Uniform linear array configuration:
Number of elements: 48
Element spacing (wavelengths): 0.25
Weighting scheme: exponential
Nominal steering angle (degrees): -60
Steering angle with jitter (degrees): -58.081
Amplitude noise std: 0.05
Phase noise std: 0.05

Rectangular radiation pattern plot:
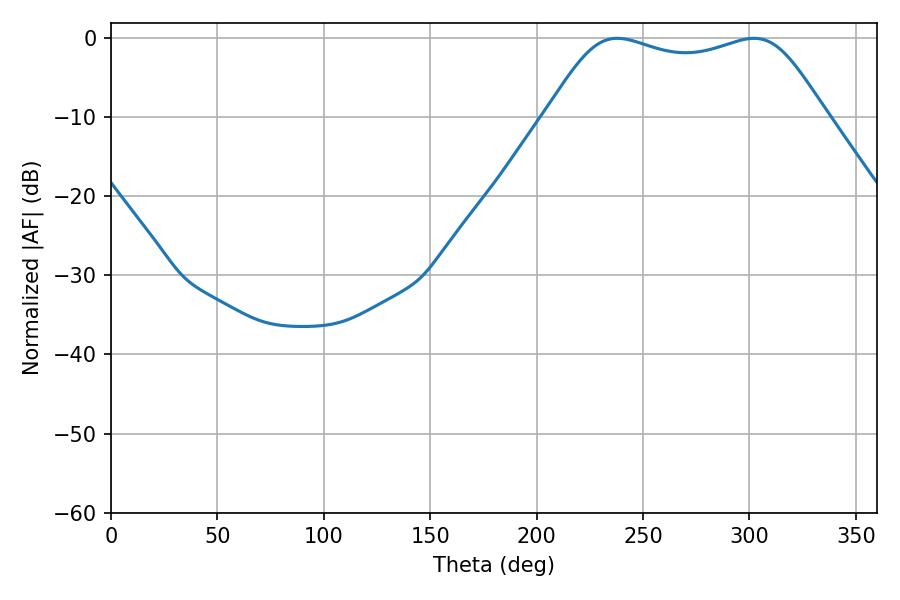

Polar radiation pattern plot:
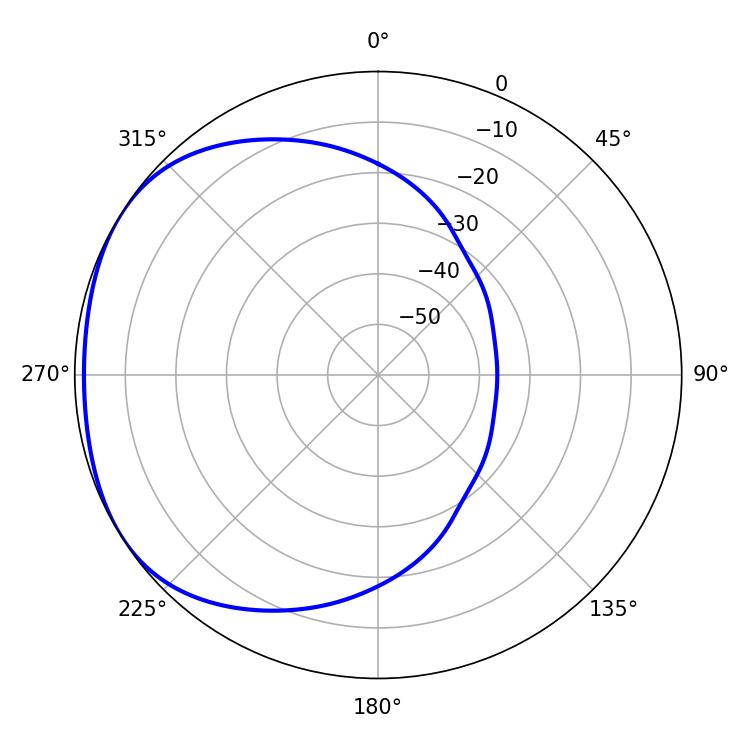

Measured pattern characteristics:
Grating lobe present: FALSE
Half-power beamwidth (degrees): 100.44
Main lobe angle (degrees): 237.96